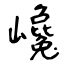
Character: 巉